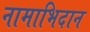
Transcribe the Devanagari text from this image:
नामाभिदान